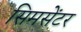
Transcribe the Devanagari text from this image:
सिमसेंटर